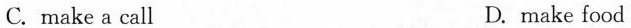
C. make a call D. make food